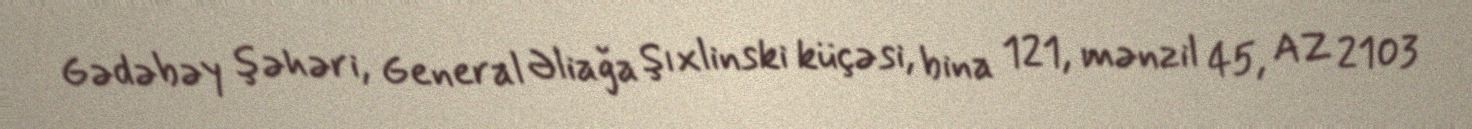
Gədəbəy şəhəri, General Əliağa Şıxlinski küçəsi, bina 121, mənzil 45, AZ 2103